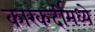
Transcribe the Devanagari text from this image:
कारकर्दीमध्ये